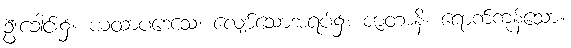
ဦးခေါင်း၌။ ယထာပဒေသေ၊ လျော်သောအရပ်၌။ ဇာတာနိ၊ ရောက်ကုန်သော။